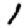
Digit: 1